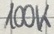
Text: 100K